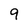
Character: 9